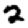
Digit: 2